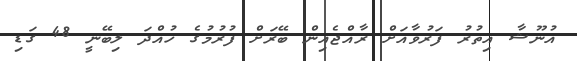
އުނޫޝާ އިތުރު ފަރުވާއަށް ރާއްޖެއިން ބޭރަށް ފުރުމުގެ ހުއްދަ ލިބޭނީ 48 ގަޑި